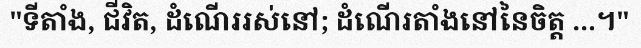
"ទីតាំង, ជីវិត, ដំណើររស់នៅ; ដំណើរតាំងនៅនៃចិត្ត ...។"